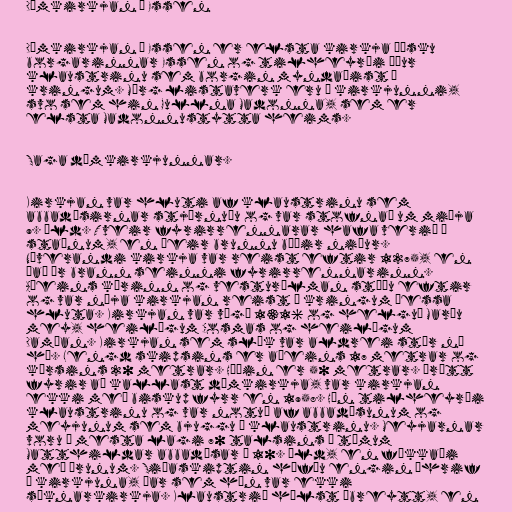
Dómkirkjan í Essen

Dómkirkjan í Essen er elsta kirkja þýsku
borgarinnar Essen og tilheyrði áður
klaustrinu sem borgin myndaðist í
kringum. Mörg listaverk eru í kirkjunni,
svo sem hin Gullna Madonna, sem er
elsta Madonnustytta heims.

Saga dómkirkjunnar.

Kirkjan var hluti af klaustrinu sem
abbadísirnar stjórnuðu og var stofnað um miðja
9. öld. Tveir fyrirrennarar hafa verið á
staðnum, en þeir brunnu báðir niður.
Núverandi kirkja var reist eftir 1275, en
það ár brann seinni fyrirrennarinn.
Aðeins kórinn og vesturálman stóðu eftir
og var nýja kirkjan reist í kringum þessa
hluta. Kirkjan var vígð 1316 og helguð Maríu
mey, heilögum Cosmas og heilögum
Damían. Kirkjan sem slík var aldrei stór né
há. Lengd skipsins er aðeins 17 metrar og
kórsins 20 metrar. Hæðin er 50 metrar. Þrátt
fyrir að kallast dómkirkja, var kirkjan
ekki með biskup fyrr en 1958. Hún tilheyrði
klaustrinu og var notuð af abbadísunum og
meyjunum sem bjuggu í klaustrinu. Meyjarnar
voru í mesta lagi 70 talsins á tímum
Matthildar abbadísar á 10. öld, en fækkaði
með árunum. Siðaskiptin höfðu engin áhrif
á kirkjuna, þar sem hún var ekki
sóknarkirkja. Klaustrið hélst óbreytt, en